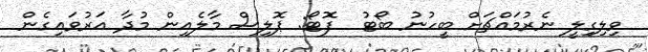
ވިލިގިލީ ނެރުމައްޗަށް ބީހުނު ބޯޓު  ފޮޓޯ: ޕޮލިސް މާލެއިން މުދާ އަރުވައިގެން